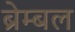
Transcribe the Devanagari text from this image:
ब्रेम्बल